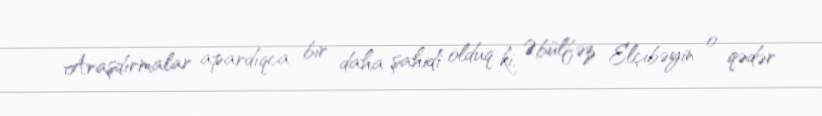
Araşdırmalar apardıqca bir daha şahidi olduq ki, Əbülfəz Elçibəyin o qədər